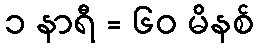
၁ နာရီ = ၆၀ မိနစ်